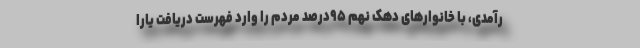
رآمدی، با خانوارهای دهک نهم ۹۵درصد مردم را وارد فهرست دریافت یارا